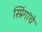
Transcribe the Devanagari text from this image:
स्प्रिंगांचे